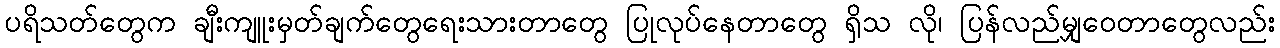
ပရိသတ်တွေက ချီးကျူးမှတ်ချက်တွေရေးသားတာတွေ ပြုလုပ်နေတာတွေ ရှိသ လို၊ ပြန်လည်မျှဝေတာတွေလည်း